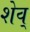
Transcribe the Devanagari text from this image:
शेव्